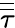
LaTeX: \overline{{\overline{{\tau}}}}